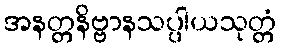
အနတ္တနိဗ္ဗာနသပ္ပါယသုတ္တံ